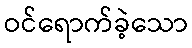
ဝင်ရောက်ခဲ့သော